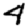
Digit: 4